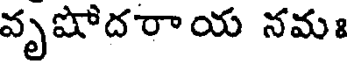
వృషోదరాయ నమః